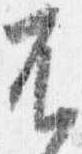
不